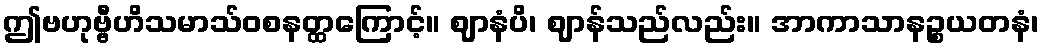
ဤဗဟုဗ္ဗီဟိသမာသ်ဝစနတ္ထကြောင့်။ ဈာနံပိ၊ ဈာန်သည်လည်း။ အာကာသာနဉ္စယတနံ၊